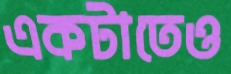
একটাতেও